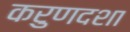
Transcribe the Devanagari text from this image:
करुणदशा